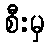
စီးမှ